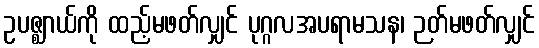
ဥပဇ္ဈာယ်ကို ထည့်မဖတ်လျှင် ပုဂ္ဂလအပရာမသန၊ ဉတ်မဖတ်လျှင်